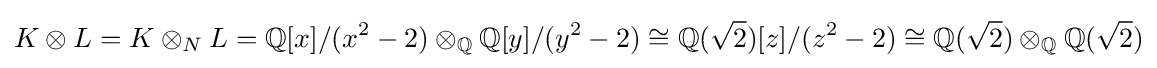
K\otimes L=K\otimes _{N}L=\mathbb {Q} [x]/(x^{2}-2)\otimes _{\mathbb {Q} }\mathbb {Q} [y]/(y^{2}-2)\cong \mathbb {Q} ({\sqrt {2}})[z]/(z^{2}-2)\cong \mathbb {Q} ({\sqrt {2}})\otimes _{\mathbb {Q} }\mathbb {Q} ({\sqrt {2}})